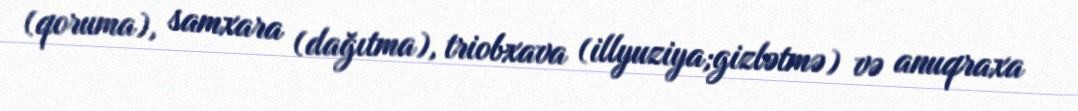
(qoruma), samxara (dağıtma), triobxava (illyuziya;gizlətmə) və anuqraxa